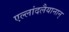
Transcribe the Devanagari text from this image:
एल्लांदलैयानान्